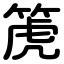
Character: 箎